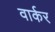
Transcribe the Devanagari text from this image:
वार्कर